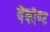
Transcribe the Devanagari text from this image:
वैकौण्ट